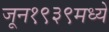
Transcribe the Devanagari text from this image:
जून१९३९मध्ये